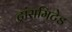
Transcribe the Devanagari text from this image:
ट्रांसमिटेड